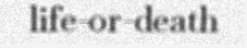
life-or-death